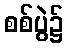
စစ်ပွဲ၌